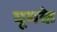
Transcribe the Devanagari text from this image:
घूमके